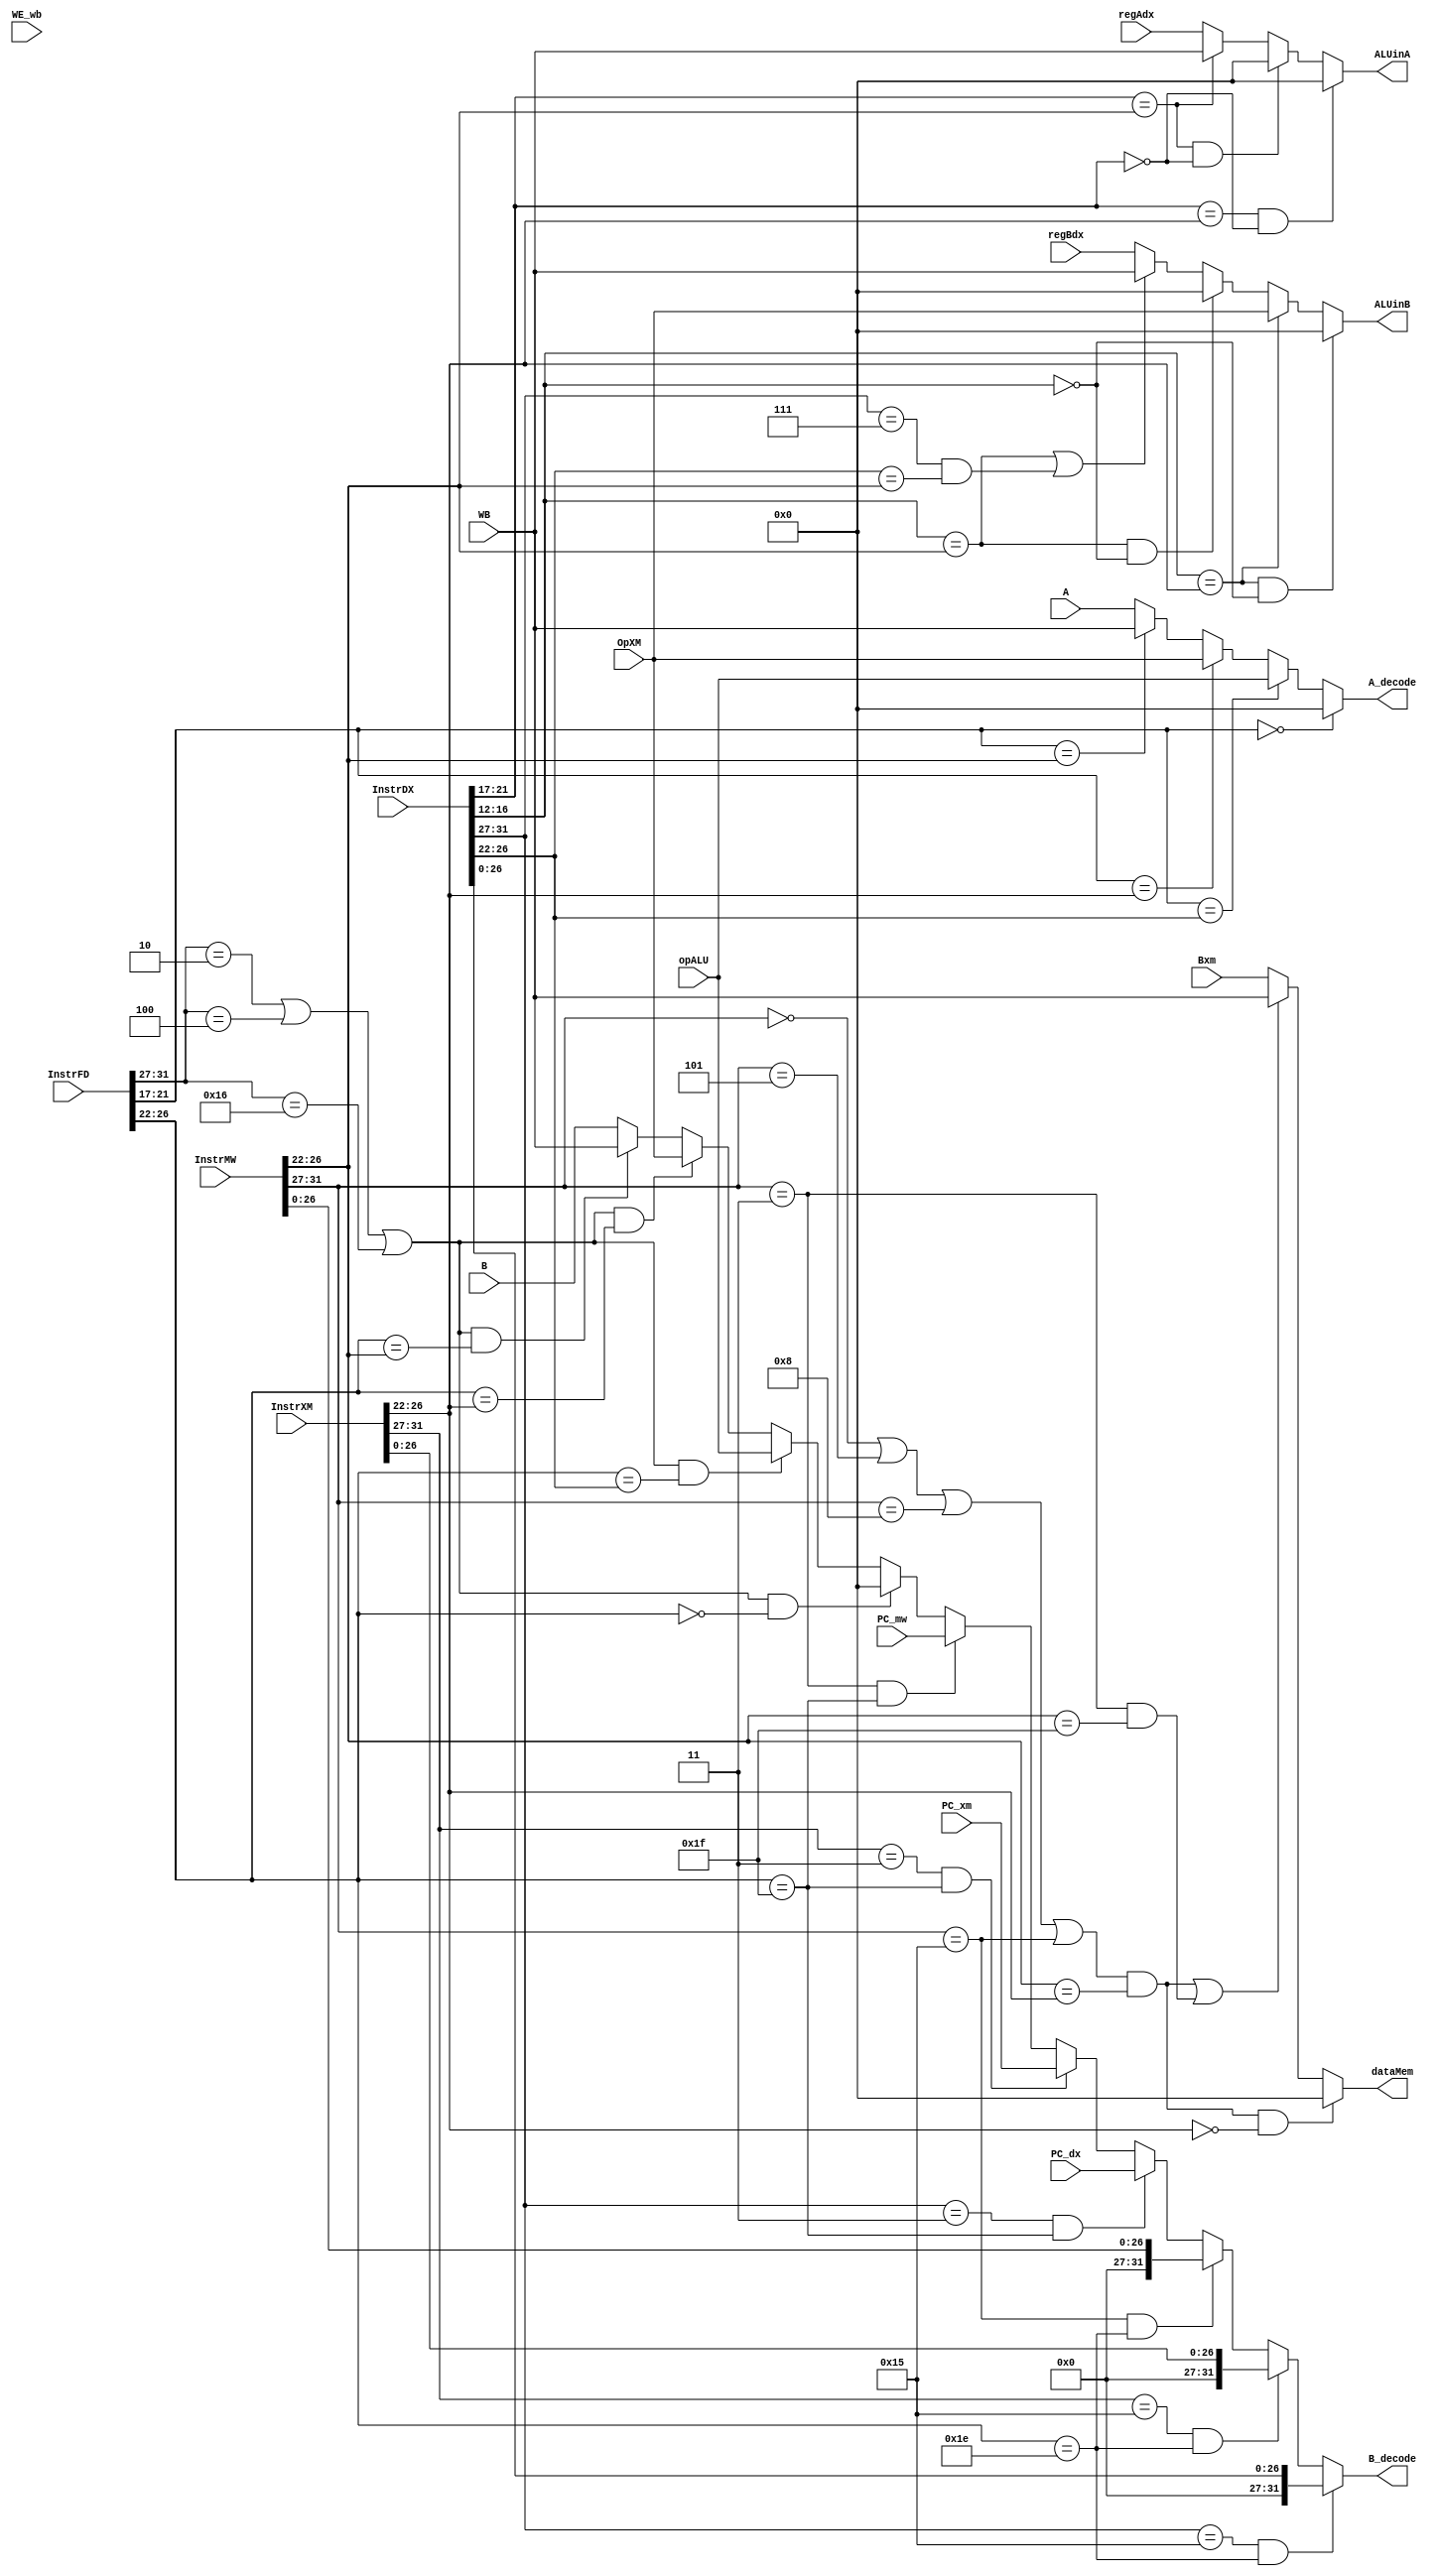
module bypass(InstrFD, InstrDX, InstrXM, InstrMW, regAdx, OpXM, WB, Bxm, regBdx, ALUinA, ALUinB, dataMem, A_decode, B_decode, A, B, opALU, PC_dx, PC_xm, PC_mw, WE_wb);
    input[31:0] InstrFD, InstrDX, InstrXM, InstrMW, regAdx, OpXM, WB, Bxm, regBdx, A, B, opALU, PC_dx, PC_xm, PC_mw;
    input WE_wb;
    output[31:0] ALUinA, ALUinB, dataMem, A_decode, B_decode;

    wire[4:0] sw, lw;
    assign sw = 5'b00111;
    assign lw = 5'b01000;

    // ALUinA bypassing
    wire[31:0] intermA, intermA1, intermA2;

    // assign intermA = (InstrDX[21:17] == InstrXM[26:22]) ? OpXM : regAdx;
    // assign intermA1 = (InstrDX[21:17] == InstrMW[26:22]) ? WB : intermA;
    // assign ALUinA = ((InstrDX[21:17] == InstrMW[26:22]) && (InstrDX[21:17] == 5'b0)) ? 32'b0 : intermA1;

    assign intermA = (InstrDX[21:17] == InstrMW[26:22]) ? WB : regAdx;
    assign intermA1 = ((InstrDX[21:17] == InstrMW[26:22]) && (InstrDX[21:17] == 5'b0)) ? 32'b0 : intermA;
    assign intermA2 = ((InstrDX[21:17] == InstrXM[26:22])) ? OpXM: intermA1;
    assign ALUinA = ((InstrDX[21:17] == InstrXM[26:22]) && (InstrDX[21:17] == 5'b0)) ? 32'b0 : intermA1;

    // ALUinB bypassing
    wire[31:0] intermB, intermB1, intermB2;

    // assign intermB = (InstrDX[16:12] == InstrXM[26:22]) ? OpXM : regBdx;
    // assign intermB1 = (InstrDX[16:12] == InstrMW[26:22]) ? WB : intermB;
    // assign ALUinB = ((InstrDX[16:12] == InstrMW[26:22]) && (InstrDX[16:12] == 5'b0)) ? 32'b0 : intermB1;

    assign intermB = ((InstrDX[16:12] == InstrMW[26:22]) || ((InstrDX[31:27] == sw) && (InstrDX[26:22] == InstrMW[26:22]))) ? WB : regBdx;
    assign intermB1 = ((InstrDX[16:12] == InstrMW[26:22]) && (InstrDX[16:12] == 5'b0)) ? 32'b0 : intermB;
    assign intermB2 = (InstrDX[16:12] == InstrXM[26:22]) ? OpXM : intermB1;
    assign ALUinB = ((InstrDX[16:12] == InstrXM[26:22]) && (InstrDX[16:12] == 5'b0)) ? 32'b0 : intermB2;


    // WM bypassing
    wire [4:0] opcodeD, rstatus, r31, bne, jal, jr, bex, setx;
    wire[31:0] bypassD_A, bypassD_A1, bypassD_A2, bypassD_B, bypassD_B1, bypassD_B2, bypassD_B3, bypassD_B4, bypassD_B5, bypassD_B6, bypassD_B7, bypassD_B8;
    assign opcodeD = InstrFD[31:27];
    assign rstatus = 5'd30;
    assign r31 = 5'd31;
    assign bne = 5'b00010;
    assign jal = 5'b00011;
    assign jr = 5'b00100;
    assign bex = 5'b10110;
    assign setx = 5'b10101;


    // assign dataMem = ((WE_wb && (InstrXM[31:27] == sw) && (InstrMW[26:22] == InstrXM[26:22])) || ((InstrXM[31:27] == 5'b00011) && ((InstrMW[26:22] == 5'd31)))) ? WB : Bxm;
    wire[31:0] dataMem1;
    wire write, equalRDs;
    assign writes = (InstrMW[31:27] == 5'd0) || (InstrMW[31:27] == 5'd5) || (InstrMW[31:27] == lw) || (InstrMW[31:27] == setx);
    assign equalRDs = (InstrMW[26:22] == InstrXM[26:22]);
    assign dataMem1 = ((writes && equalRDs) || ((InstrMW[31:27] == 5'd3) && (InstrMW[26:22] == 5'd31))) ? WB : Bxm;
    assign dataMem = (writes && equalRDs && (InstrXM[26:22] == 5'b0)) ? 32'b0 : dataMem1;

    // assign MWinsnUsesRD = (opcode_w == 5'd0 || opcode_w == 5'd5 || opcode_w == 5'd8 || opcode_w == 5'd21);
    //                 //     R instruction        addi                lw                     setx
    // assign eqaul_rds = mwIROut[26:22] == xmIROut[26:22];
    // assign data = ((MWinsnUsesRD && equal_rds) || (opcode_w == 5'd3 && xmIROut[26:22] == 5'd31))? dataWriteBack: xmBout;



    // Bypass into decode
    // From Writeback
    

    wire[31:0] targetDX, targetXM, targetMW;
    assign targetDX[26:0] = InstrDX[26:0];
    assign targetDX[31:27] = 5'b0;
    assign targetXM[26:0] = InstrXM[26:0];
    assign targetXM[31:27] = 5'b0;
    assign targetMW[26:0] = InstrMW[26:0];
    assign targetMW[31:27] = 5'b0;

    wire isbranch;
    assign isbranch = (opcodeD == bne) || (opcodeD == jr) || (opcodeD == bex);

    assign bypassD_A = (InstrFD[21:17] == InstrMW[26:22]) ? WB : A;
    assign bypassD_A1 = (InstrFD[21:17] == InstrXM[26:22]) ? OpXM : bypassD_A;
    assign bypassD_A2 = (InstrFD[21:17] == InstrDX[26:22]) ? opALU : bypassD_A1;
    assign A_decode = (InstrFD[21:17] == 5'b0) ? 32'b0 : bypassD_A2;


    assign bypassD_B = (isbranch && (InstrFD[26:22] == InstrMW[26:22])) ? WB : B;
    assign bypassD_B1 = (isbranch && (InstrFD[26:22] == InstrXM[26:22])) ? OpXM : bypassD_B;
    assign bypassD_B2 = (isbranch && (InstrFD[26:22] == InstrDX[26:22])) ? opALU : bypassD_B1;
    assign bypassD_B8 = (isbranch && (InstrFD[26:22] == 5'b0)) ? 32'b0 : bypassD_B2;
    
    assign bypassD_B3 = ((InstrMW[31:27] == jal) && (InstrFD[26:22] == r31)) ? PC_mw : bypassD_B8;
    assign bypassD_B4 = ((InstrXM[31:27] == jal) && (InstrFD[26:22] == r31)) ? PC_xm : bypassD_B3;
    assign bypassD_B5 = ((InstrDX[31:27] == jal) && (InstrFD[26:22] == r31)) ? PC_dx : bypassD_B4;
    
    assign bypassD_B6 = ((InstrMW[31:27] == setx) && (InstrFD[26:22] == rstatus)) ? targetMW : bypassD_B5;
    assign bypassD_B7 = ((InstrXM[31:27] == setx) && (InstrFD[26:22] == rstatus)) ? targetXM : bypassD_B6;
    assign B_decode = ((InstrDX[31:27] == setx) && (InstrFD[26:22] == rstatus)) ? targetDX : bypassD_B7;
    
endmodule